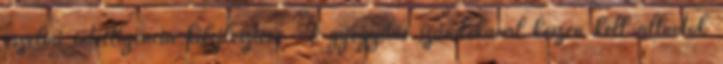
érzelmi intelligencia kifejlesztése. A gyógyítás szándékával készen kell állnotok